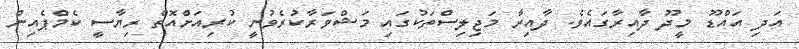
އަދި އައްޑޫ މީދޫ ދާއިރާގައެވެ. ދާއިރާ މަޖިލިސްތަކުގައި މަޝްވަރާކުރެވުނީ ކުރިއަށްއޮތް ރިޔާސީ ކެމްޕެއިން